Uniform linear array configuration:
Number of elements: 32
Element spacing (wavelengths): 0.5
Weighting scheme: exponential
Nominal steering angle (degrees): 60
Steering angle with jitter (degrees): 59.087
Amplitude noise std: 0.05
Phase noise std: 0.05

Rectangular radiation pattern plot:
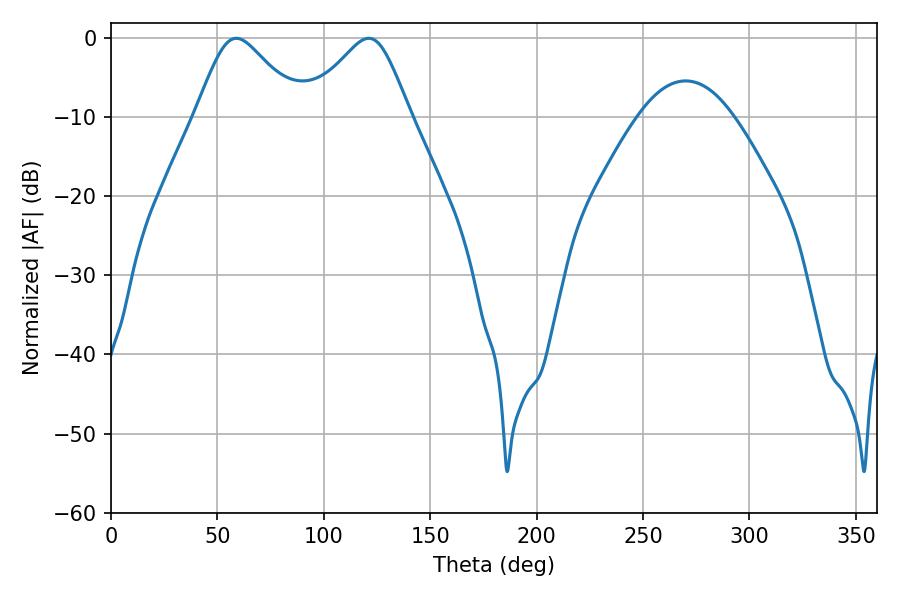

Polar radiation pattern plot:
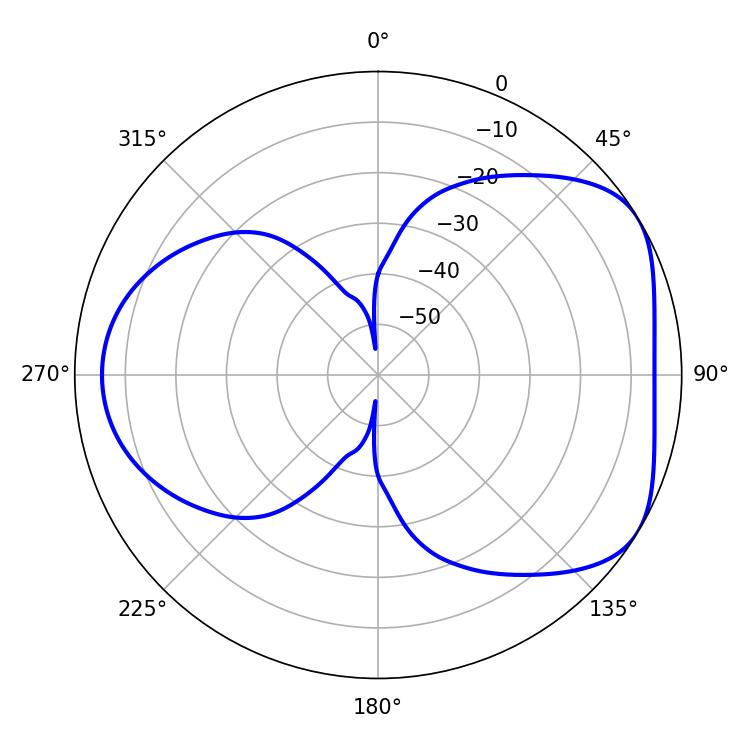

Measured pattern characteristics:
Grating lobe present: FALSE
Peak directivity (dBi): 4.764
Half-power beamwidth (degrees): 24.12
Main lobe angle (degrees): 58.86